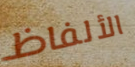
الألفاظ